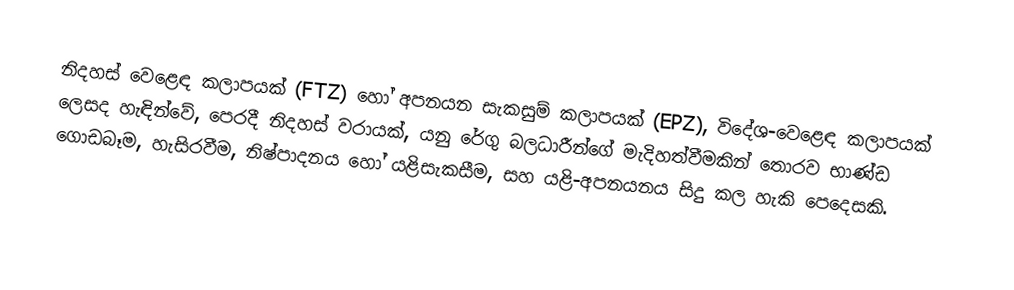
නිදහස් වෙළෙඳ කලාපයක් (FTZ) හෝ අපනයන සැකසුම් කලාපයක් (EPZ), විදේශ-වෙළෙඳ කලාපයක් ලෙසද හැඳින්වේ, පෙරදී නිදහස් වරායක්, යනු රේගු බලධාරීන්ගේ මැදිහත්වීමකින් තොරව භාණ්ඩ ගොඩබෑම, හැසිරවීම, නිෂ්පාදනය හෝ යළිසැකසීම, සහ යළි-අපනයනය සිදු කල හැකි පෙදෙසකි.